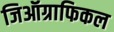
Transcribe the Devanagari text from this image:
जिऑग्राफिकल